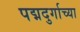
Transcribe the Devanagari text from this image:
पद्मदुर्गाच्या